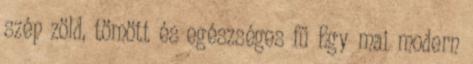
szép zöld, tömött és egészséges fű Egy mai modern